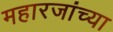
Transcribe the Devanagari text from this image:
महारजांच्या